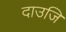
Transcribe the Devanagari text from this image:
दाउजि